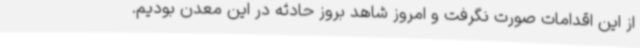
از این اقدامات صورت نگرفت و امروز شاهد بروز حادثه در این معدن بودیم.